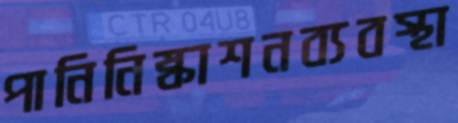
পানিনিষ্কাশনব্যবস্থা